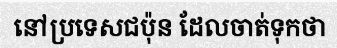
នៅប្រទេសជប៉ុន ដែលចាត់ទុកថា